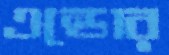
এন্ডোর